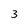
Character: 3